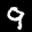
Label: 9